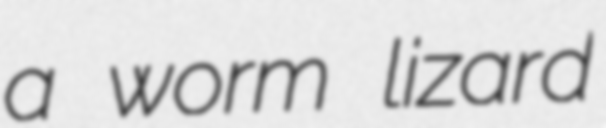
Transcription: a worm lizard